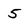
Character: 5